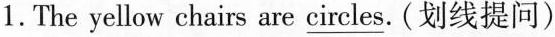
1. The yellow chairs are